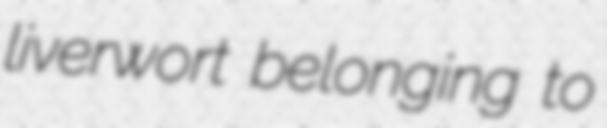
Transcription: liverwort belonging to